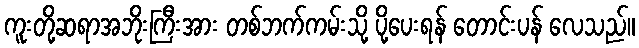
ကူးတို့ဆရာအဘိုးကြီးအား တစ်ဘက်ကမ်းသို့ ပို့ပေးရန် တောင်းပန် လေသည်။